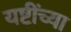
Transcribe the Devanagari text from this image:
यष्टींच्या